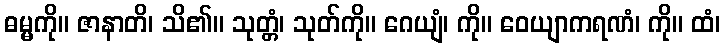
ဓမ္မကို။ ဇာနာတိ၊ သိ၏။ သုတ္တံ၊ သုတ်ကို။ ဂေယျံ၊ ကို။ ဝေယျာကရဏံ၊ ကို။ ထံ၊